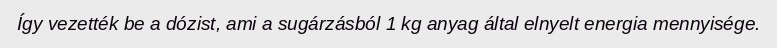
Így vezették be a dózist, ami a sugárzásból 1 kg anyag által elnyelt energia mennyisége.